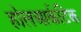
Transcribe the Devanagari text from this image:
होलआर्कटिक